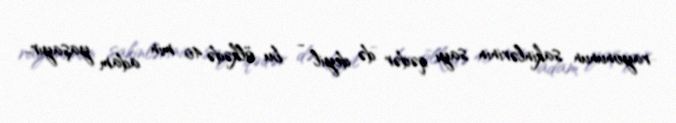
rayonunun sakinlərinin sayı qədər də deyil - bu ölkədə 40 min adam yaşayır..